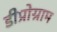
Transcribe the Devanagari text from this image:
डीप्रोग्राम